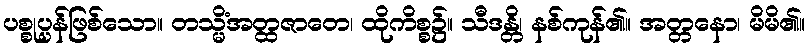
ပစ္စုပ္ပန်ဖြစ်သော။ တသ္မိံအတ္ထဇာတေ၊ ထိုကိစ္စ၌။ သီဒန္တိ၊ နစ်ကုန်၏။ အတ္တနော၊ မိမိ၏။